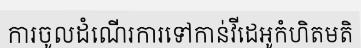
ការចូលដំណើរការទៅកាន់វីដេអូកំហិតមតិ